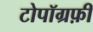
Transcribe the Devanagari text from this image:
टोपॉग्रफ़ी